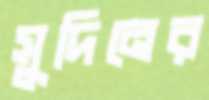
সুদিনের